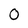
Character: 0